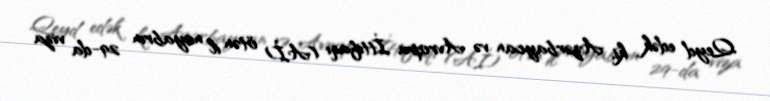
Qeyd edək ki, Azərbaycan və Avropa İttifaqı (Aİ) ötən il noyabrın 29-da viza